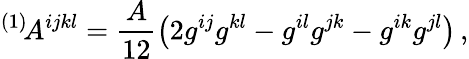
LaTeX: {}^{(1)}\! A^{ijkl}=\frac{A}{12}\left(2g^{ij}g^{kl}-g^{il}g^{jk}-g^{ik}g^{jl}\right)\, ,